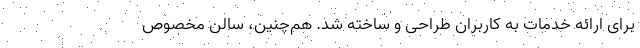
برای ارائه خدمات به کاربران طراحی و ساخته شد. هم‌چنین، سالن مخصوص